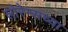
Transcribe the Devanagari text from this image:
लोरेन्सच्या